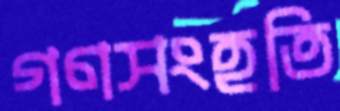
গণসংহতি